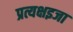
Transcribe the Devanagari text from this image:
प्रत्यक्षइजा